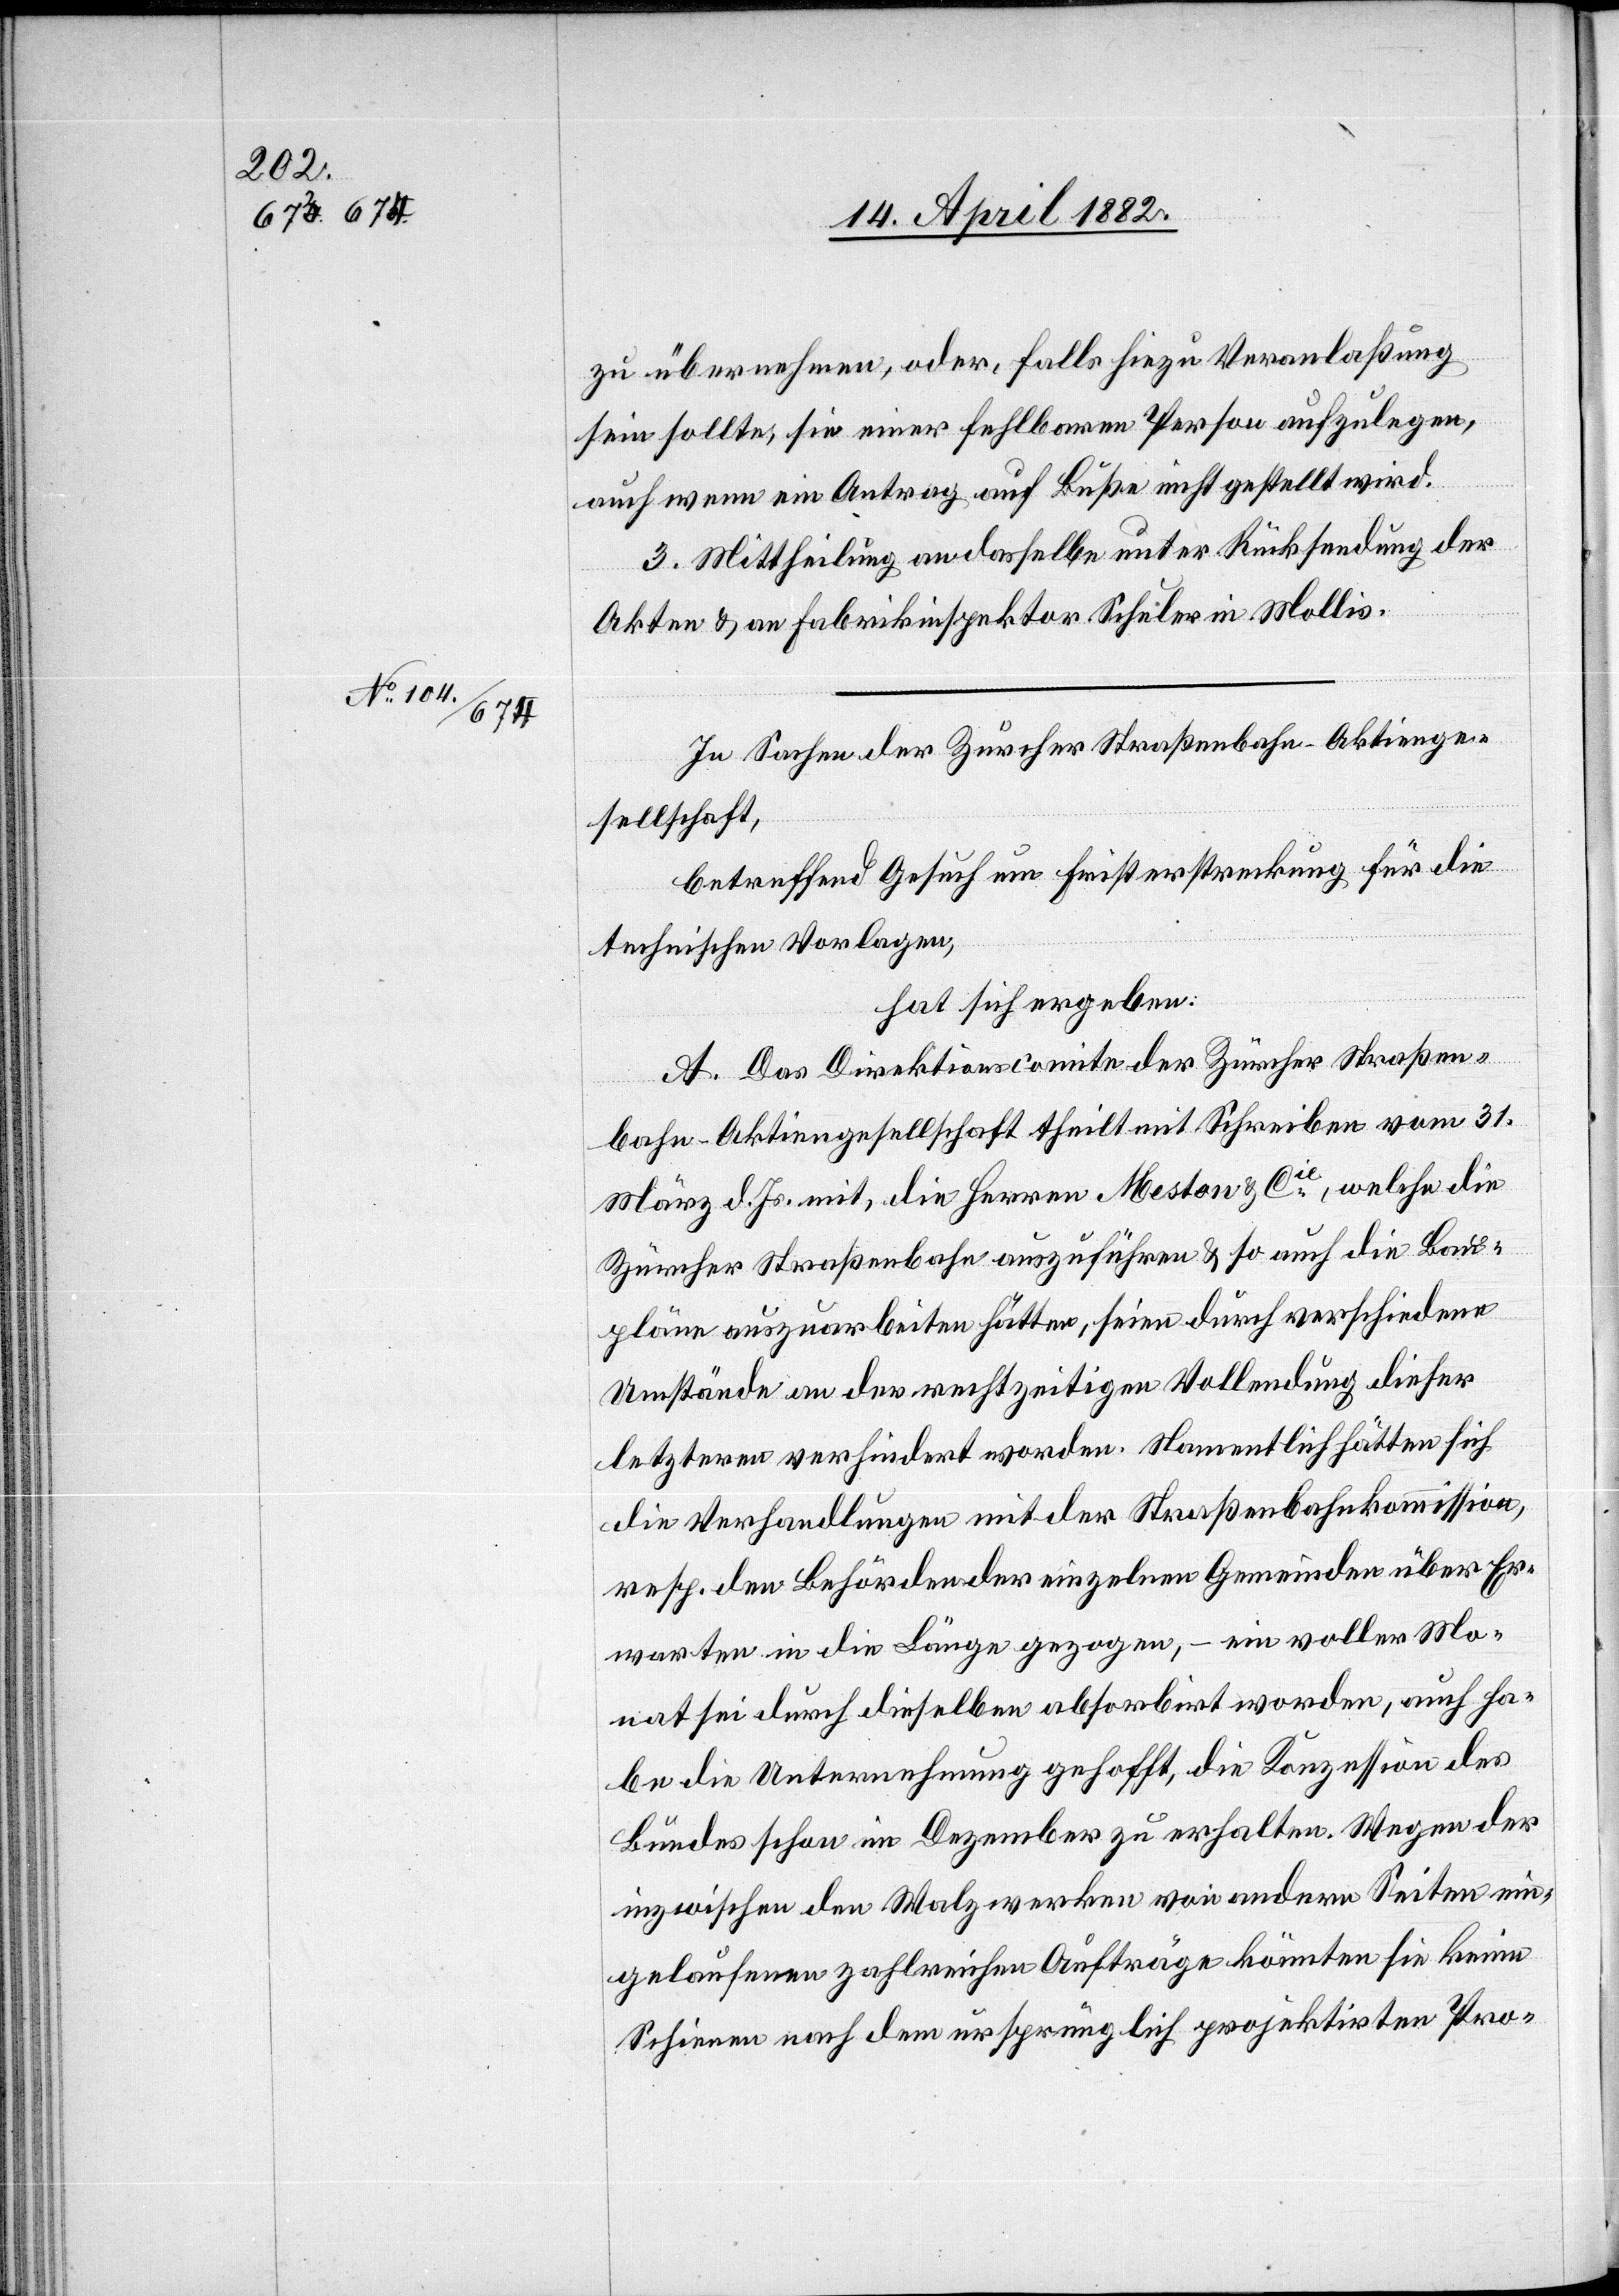
zu übernehmen, oder, falls hiezu Veranlaßung
sein sollte, sie einer fehlbaren Person aufzulegen,
auch wenn ein Antrag auf Buße nicht gestellt wird.
3. Mittheilung an dasselbe unter Rücksendung der
Akten & an Fabrikinspektor Schuler in Mollis.
In Sachen der Zürcher Straßenbahn-Aktienge¬
sellschaft,
betreffend Gesuch um Fristerstreckung für die
technischen Vorlagen,
hat sich ergeben:
A. Das Direktionscomite der Zürcher Straßen¬
bahn-Aktiengesellschaft theilt mit Schreiben vom 31.
März d. Js. mit, die Herren Meston & Cie, welche die
Zürcher Straßenbahn auszuführen & so auch die Bau¬
pläne auszuarbeiten hätten, seien durch verschiedene
Umstände an der rechtzeitigen Vollendung dieser
letzteren verhindert worden. Namentlich hätten sich
die Verhandlungen mit der Straßenbahnkommission,
resp. den Behörden der einzelnen Gemeinden über Er¬
warten in die Länge gezogen, – ein voller Mo¬
nat sei durch dieselben absorbirt worden, auch ha¬
be die Unternehmung gehofft, die Konzession des
Bundes schon im Dezember zu erhalten. Wegen der
inzwischen den Walzwerken von andern Seiten ein¬
gelaufenen zahlreichen Aufträge könnten sie keine
Schienen nach dem ursprünglich projektirten Pro-